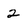
Character: 2